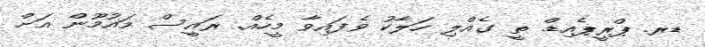
ޑރ. ޕްރީޕެއިޑް. ތީ ގެއްލި ހަލާކު ވެފައިވާ މީހެއް. ރައީސް މައުމޫން އަށް